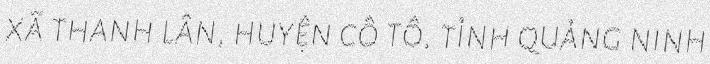
xã thanh lân, huyện cô tô, tỉnh quảng ninh